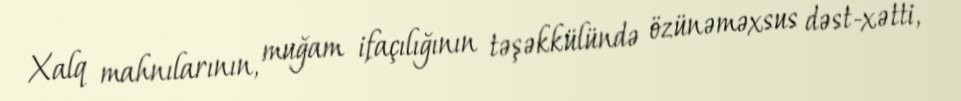
Xalq mahnılarının, muğam ifaçılığının təşəkkülündə özünəməxsus dəst-xətti,